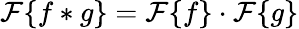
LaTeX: {\mathcal{F}}\{ f*g\} ={\mathcal{F}}\{ f\} \cdot{\mathcal{F}}\{ g\}